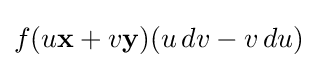
f(u\mathbf {x} +v\mathbf {y} )(u\,dv-v\,du)